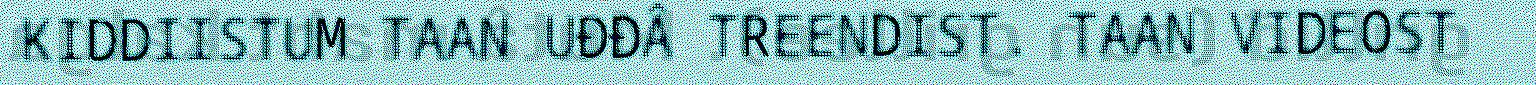
KIDDIISTUM TAAN UĐĐÂ TREENDIST. TAAN VIDEOST